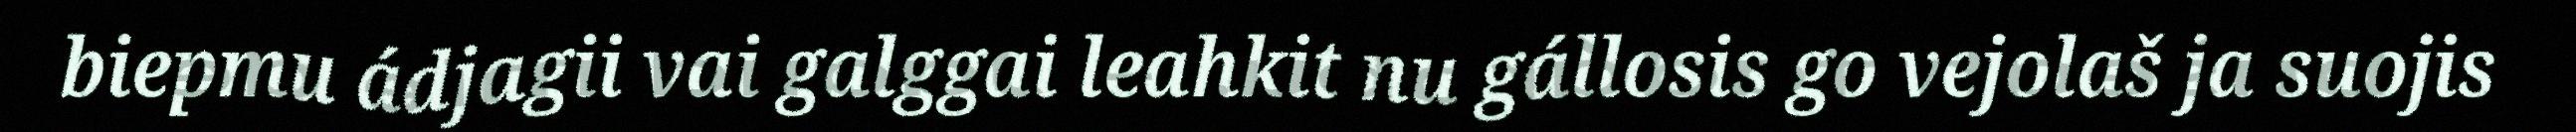
biepmu ádjagii vai galggai leahkit nu gállosis go vejolaš ja suojis